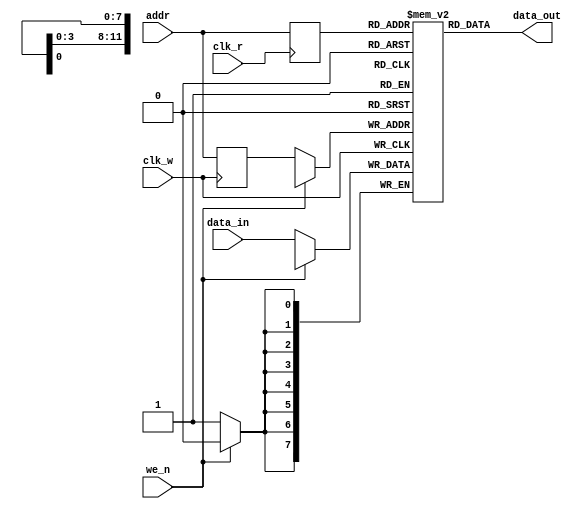
// video_mem.v

/* 2kx8 static sync ram */

module video_ram(addr, data_in, data_out, clk_r, clk_w, we_n);

   input [11:0] addr;
   input [7:0] 	data_in;
   input 	clk_r, clk_w, we_n;
   output [7:0] data_out;

   reg [7:0] 	ram [0:2048];
   reg [11:0] 	ram_addr_w;
   reg [11:0] 	ram_addr_r;

   always @(posedge clk_w)
     begin
	ram_addr_w <= addr;
	if (we_n == 0)
          ram[ram_addr_w] <= data_in;
    end

   always @(posedge clk_r)
     begin
	ram_addr_r <= addr;
     end
   
   assign data_out = ram[ram_addr_r];

//   assign data_out = 8'h20 + addr[7:0];

endmodule